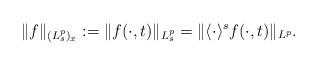
LaTeX: \begin{align*}\|f\|_{(L^p_s)_x}:=\|f(\cdot,t)\|_{L^p_s}=\|\langle\cdot\rangle^s f(\cdot,t)\|_{L^p}.\end{align*}